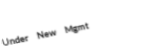
Under New Mgmt